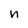
Character: n